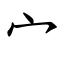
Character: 宀